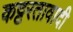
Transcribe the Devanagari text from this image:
कट्टरतावादी